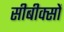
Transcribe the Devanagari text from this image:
सीबीक्सों